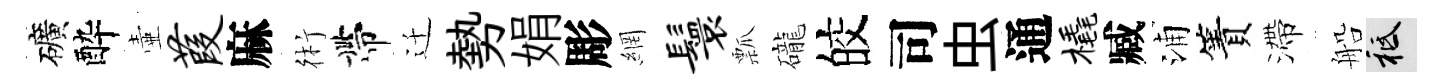
礦酔壷葭麻術帶迁勢娟彫網鬟瓢礲皎司虫通橇臧浦簀滯船祇